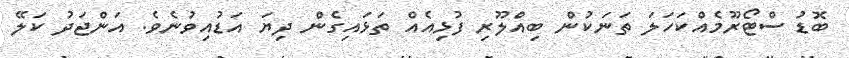
ބޮޑު ސްޓޯރޫމެއްކަހަލަ ތަނަކުން ބިއްލޫރި ފުޅިއެއް ތަޅައިގެން ދިޔަ އަޑުއިވުނެވެ. އަންޖަދު ކަލޭ